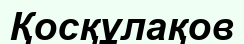
Қосқұлақов